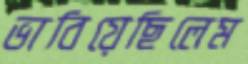
ভাবিয়েছিলেম